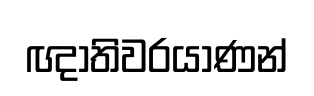
ඥාතිවරයාණන්